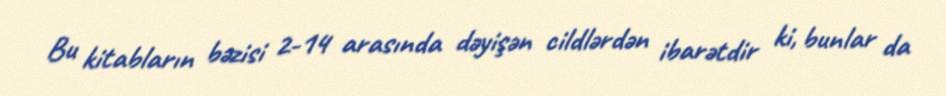
Bu kitabların bəzisi 2-14 arasında dəyişən cildlərdən ibarətdir ki, bunlar da